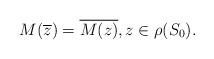
LaTeX: \begin{align*} M(\overline{z}) = \overline{M(z)}, z \in \rho(S_0).\end{align*}